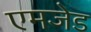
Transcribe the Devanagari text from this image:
एमजेड